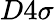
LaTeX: D4\sigma